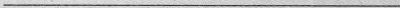
___